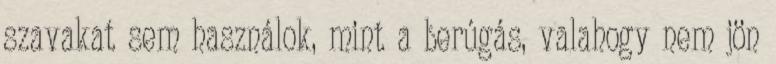
szavakat sem használok, mint a berúgás, valahogy nem jön